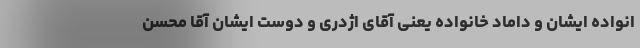
انواده ایشان و داماد خانواده یعنی آقای اژدری و دوست ایشان آقا محسن